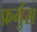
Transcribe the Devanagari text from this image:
फ़र्गुस